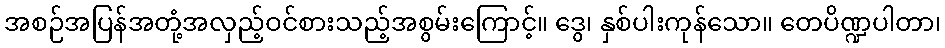
အစဉ်အပြန်အတုံ့အလှည့်ဝင်စားသည့်အစွမ်းကြောင့်။ ဒွေ၊ နှစ်ပါးကုန်သော။ တေပိဏ္ဍပါတာ၊